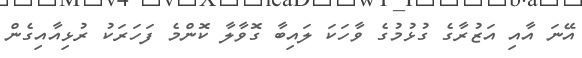
އޭނަ އާއި އަޒުރާގެ ގުޅުމުގެ ވާހަކަ ލައިބާ ގޮވާލާ ކޮންމެ ފަހަރަކު ރުޅިއާއިގެން